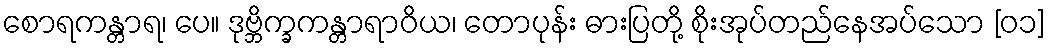
စောရကန္တာရ၊ ပေ။ ဒုဗ္ဘိက္ခကန္တာရာဝိယ၊ တောပုန်း ဓားပြတို့ စိုးအုပ်တည်နေအပ်သော [၀၁]